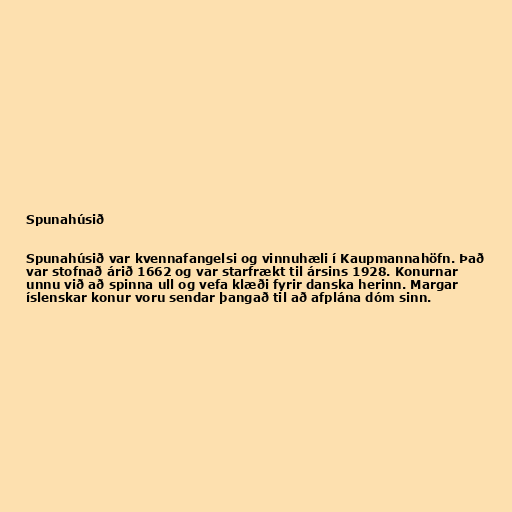
Spunahúsið

Spunahúsið var kvennafangelsi og vinnuhæli í Kaupmannahöfn. Það
var stofnað árið 1662 og var starfrækt til ársins 1928. Konurnar
unnu við að spinna ull og vefa klæði fyrir danska herinn. Margar
íslenskar konur voru sendar þangað til að afplána dóm sinn.